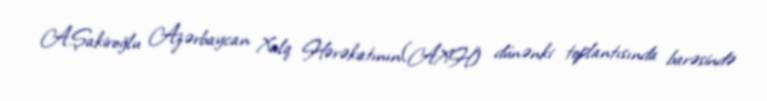
A.Şakiroğlu Azərbaycan Xalq Hərəkatının(AXH) dünənki toplantısında barəsində